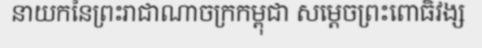
នាយកនៃព្រះរាជាណាចក្រកម្ពុជា សម្តេចព្រះពោធិវង្ស